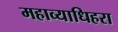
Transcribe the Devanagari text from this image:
महाव्याधिहरा